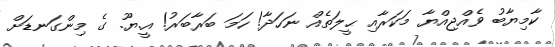
ކާމިޔާބު ވެއްޖިއްޔާ މަކަރާއި ޙީލަތެއް ނަހަދާ! ހަމަ ބަރާބަރު! އީ.ޔޫ. ގެ މިންގަނޑަށް